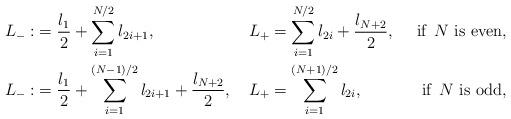
LaTeX: \begin{align*}L_-:&=\frac{l_1}2+\sum_{i=1}^{N/2} l_{2i+1}, &L_+&=\sum_{i=1}^{N/2} l_{2i}+\frac{l_{N+2}}{2}, &\mbox{ if }\, N \mbox{ is even},\\L_-:&=\frac{l_1}2+\sum_{i=1}^{(N-1)/2} l_{2i+1}+\frac{l_{N+2}}{2}, &L_+&=\sum_{i=1}^{(N+1)/2} l_{2i}, &\mbox{ if }\, N \mbox{ is odd},\end{align*}